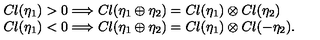
\begin{array} { l } { C l ( \eta _ { 1 } ) > 0 \Longrightarrow C l ( \eta _ { 1 } \oplus \eta _ { 2 } ) = C l ( \eta _ { 1 } ) \otimes C l ( \eta _ { 2 } ) } \\ { C l ( \eta _ { 1 } ) < 0 \Longrightarrow C l ( \eta _ { 1 } \oplus \eta _ { 2 } ) = C l ( \eta _ { 1 } ) \otimes C l ( - \eta _ { 2 } ) . } \\ \end{array}